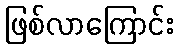
ဖြစ်လာကြောင်း